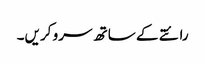
رائتے کے ساتھ سرو کریں۔